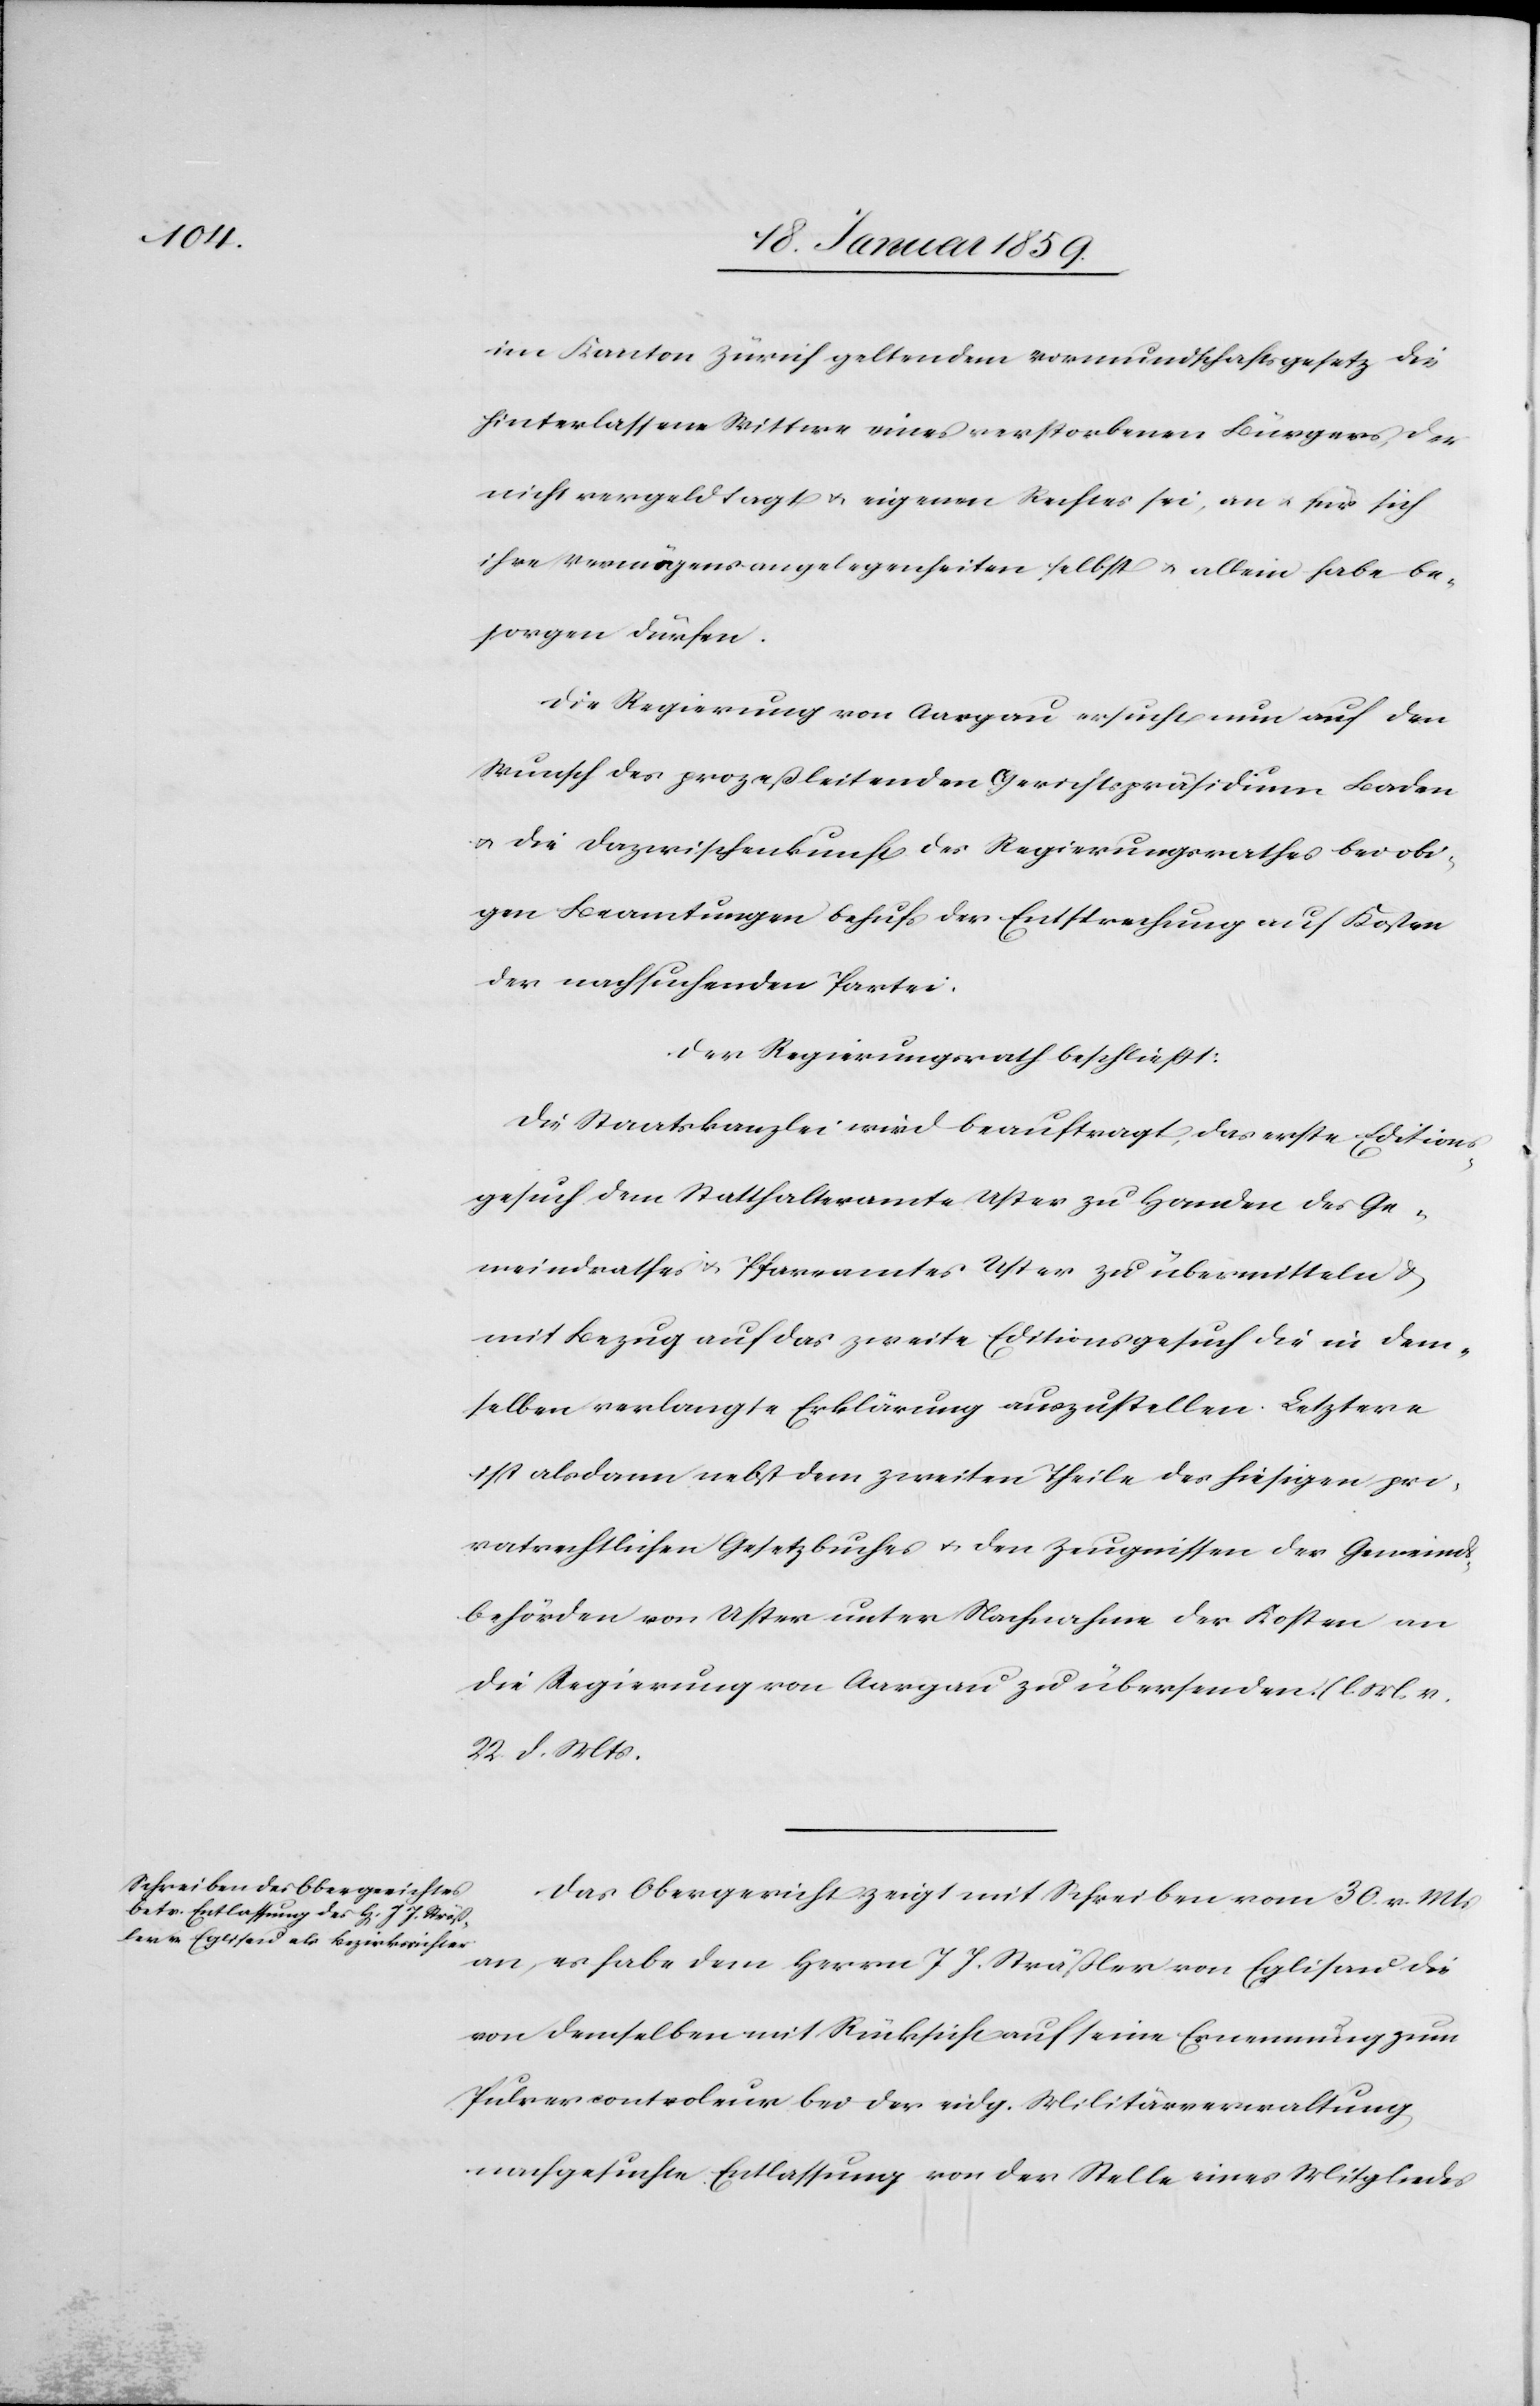
im Kanton Zürich geltendem Vormundschaftsgesetz die
hinterlassene Wittwe eines verstorbenen Bürgers, der
nicht vergeldtagt u. eigenen Rechtes sei, an u. für sich
ihre Vermögensangelegenheiten selbst u. allein habe be¬
sorgen dürfen.
Die Regierung von Aargau ersucht nun auf den
Wunsch des prozeßleitenden Gerichtspräsidium Baden
u. die Dazwischenkunft des Regierungsrathes bei obi¬
gen Beamtungen behufs der Entsprechung auf Kosten
der nachsuchenden Partei.
Der Regierungsrath beschließt:
Die Staatskanzlei wird beauftragt, das erste Editions¬
gesuch dem Statthalteramte Uster zu Handen des Ge¬
meindrathes u. Pfarramtes Uster zu übermitteln &
mit Bezug auf das zweite Editionsgesuch die in dem¬
selben verlangte Erklärung auszustellen. Letztere
ist alsdann nebst dem zweiten Theile des hiesigen pri¬
vatrechtlichen Gesetzbuches u. den Zeugnissen der Gemeinds¬
behörden von Uster unter Nachnahme der Kosten an
die Regierung von Aargau zu übersenden. (l. M. v.
22 d. Mts.)
Das Obergericht zeigt mit Schreiben vom 30. v. Mts
an, es habe dem Herrn J. J. Sträßler von Eglisau die
von demselben mit Rücksicht auf eine Ernennung zum
Pulvercontroleur bei der eidg. Militärverwaltung,
nachgesuchte Entlassung von der Stelle eines Mitgliedes